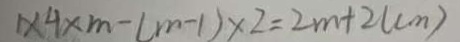
1 \times 4 \times m - ( m - 1 ) \times 2 = 2 m + 2 ( c m )